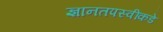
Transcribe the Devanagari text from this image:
ज्ञानतपस्वींकडे